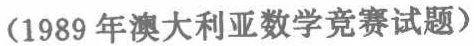
（1989 年澳大利亚数学竞赛试题）